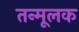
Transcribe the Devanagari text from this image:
तन्मूलक